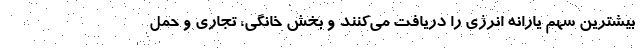
بیشترین سهم یارانه انرژی را دریافت می‌کنند و بخش خانگی، تجاری و حمل